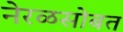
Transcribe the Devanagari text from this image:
नेरळसोबत